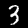
Label: 3